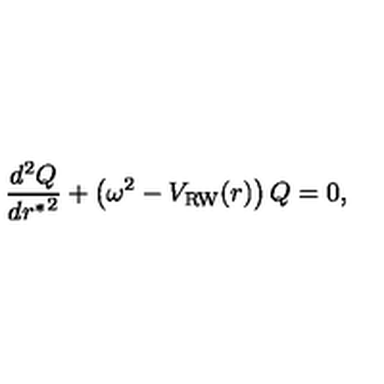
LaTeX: { \frac { d ^ { 2 } Q } { d { r ^ { * } } ^ { 2 } } } + \left( \omega ^ { 2 } - V _ { \mathrm { R W } } ( r ) \right) Q = 0 ,